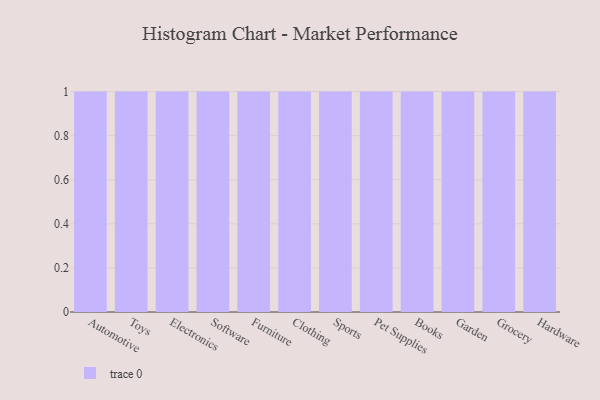
{"axis": {"x": "Category", "y": "Customer Acquisition Cost (USD)"}, "legend": [""], "data": [{"x": "Automotive", "y": 6, "type": ""}, {"x": "Toys", "y": 35, "type": ""}, {"x": "Electronics", "y": 80, "type": ""}, {"x": "Software", "y": 48, "type": ""}, {"x": "Furniture", "y": 73, "type": ""}, {"x": "Clothing", "y": 32, "type": ""}, {"x": "Sports", "y": 45, "type": ""}, {"x": "Pet Supplies", "y": 31, "type": ""}, {"x": "Books", "y": 75, "type": ""}, {"x": "Garden", "y": 60, "type": ""}, {"x": "Grocery", "y": 50, "type": ""}, {"x": "Hardware", "y": 29, "type": ""}]}